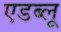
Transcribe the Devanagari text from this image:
एडब्लू